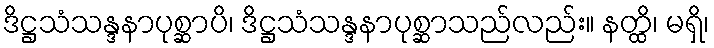
ဒိဋ္ဌသံသန္ဒနာပုစ္ဆာပိ၊ ဒိဋ္ဌသံသန္ဒနာပုစ္ဆာသည်လည်း။ နတ္ထိ၊ မရှိ၊